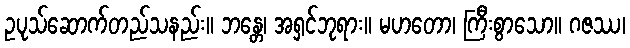
ဥပုသ်ဆောက်တည်သနည်း။ ဘန္တေ၊ အရှင်ဘုရား။ မဟတော၊ ကြီးစွာသော။ ဂဇဿ၊